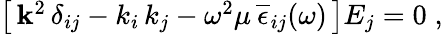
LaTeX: \begin{array}{r}{\left[\, {\mathbf k}^{2}\, \delta_{ij}-k_{i}\, k_{j}-\omega^{2}\mu\, \overline{{\epsilon}}_{ij}(\omega)\, \right]E_{j}=0\; ,}\end{array}